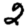
Digit: 2